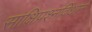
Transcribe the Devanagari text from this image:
साक्षिप्रश्नविधान